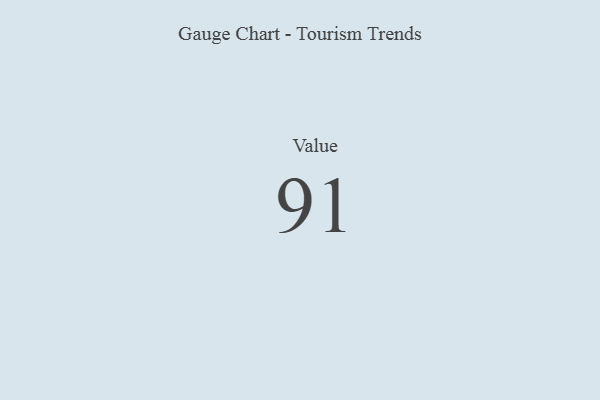
{"axis": {"x": "Metric", "y": "Value"}, "legend": [""], "data": [{"x": "Value", "y": 91, "type": ""}]}